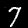
Label: 7